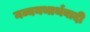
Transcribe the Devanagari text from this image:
नव्ययथार्थवादी